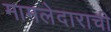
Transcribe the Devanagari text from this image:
मामलेदाराची